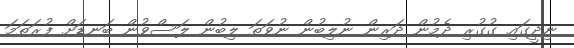
ނިދީގައި ގުގުރި ދެމުން ދަރިން ނުލިބުން ނުވަތަ ލިބުން ލަސްވުން ބަނޑަށް ފުރަތަމަ